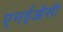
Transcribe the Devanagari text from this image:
एनईओसी